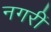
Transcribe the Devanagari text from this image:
नगरीं